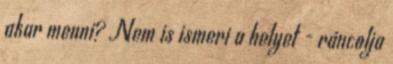
akar menni? Nem is ismeri a helyet - ráncolja